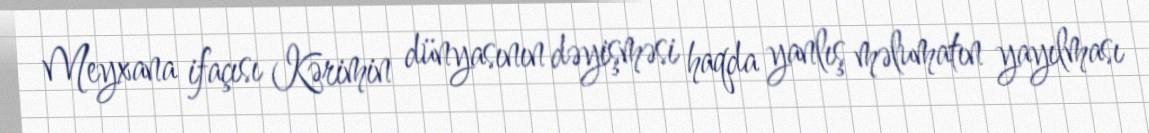
Meyxana ifaçısı Kərimin dünyasının dəyişməsi haqda yanlış məlumatın yayılması